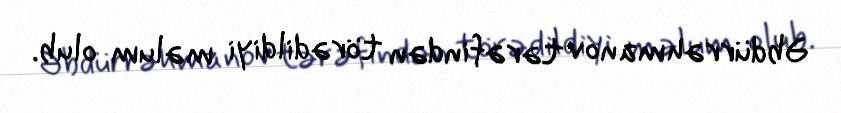
Əbdürrəhmanov tərəfindən törədildiyi məlum olub.